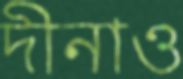
দীনাও